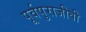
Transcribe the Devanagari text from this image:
पूर्वपुराजीवी